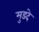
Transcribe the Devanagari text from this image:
मुडदे